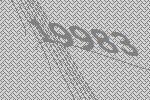
19983